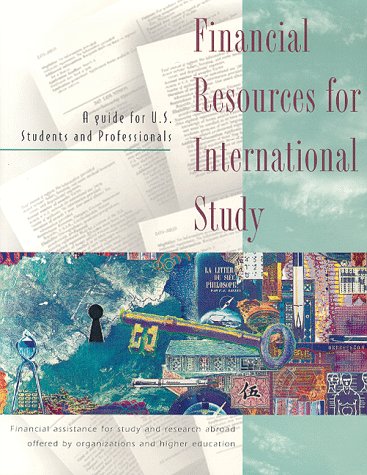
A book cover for Financial Resources for International Study: A Guide for Us Students and Professionals; Travel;